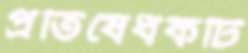
প্রতিষেধকটি